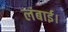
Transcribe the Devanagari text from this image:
लंबाई।